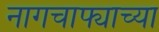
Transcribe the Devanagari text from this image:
नागचाफ्याच्या